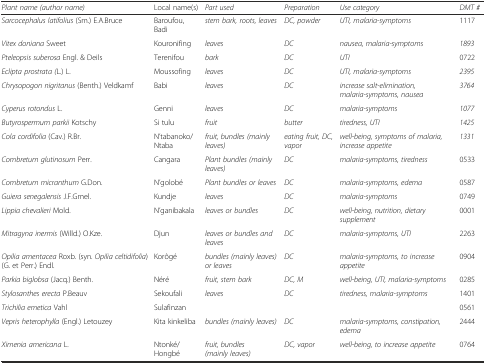
<table><thead><tr><td><b><i>Plant name (author name)</i></b></td><td><b>Local name(s)</b></td><td><b><i>Part used</i></b></td><td><b><i>Preparation</i></b></td><td><b><i>Use category</i></b></td><td><b><i>DMT #</i></b></td></tr></thead><tbody><tr><td><i>Sarcocephalus latifolius</i> (Sm.) E.A.Bruce</td><td>Baroufou, Badi</td><td><i>stem bark, roots, leaves</i></td><td><i>DC, powder</i></td><td><i>UTI, malaria-symptoms</i></td><td>1117</td></tr><tr><td><i>Vitex doniana</i> Sweet</td><td>Kouronifing</td><td><i>leaves</i></td><td><i>DC</i></td><td><i>nausea, malaria-symptoms</i></td><td><i>1893</i></td></tr><tr><td><i>Pteleopsis suberosa</i> Engl. &amp; Deils</td><td>Terenifou</td><td><i>bark</i></td><td><i>DC</i></td><td><i>UTI</i></td><td>0722</td></tr><tr><td><i>Eclipta prostrata (</i>L.) L.</td><td>Moussofing</td><td><i>leaves</i></td><td><i>DC</i></td><td><i>UTI, malaria-symptoms</i></td><td><i>2395</i></td></tr><tr><td><i>Chrysopogon nigritanus</i> (Benth.) Veldkamf</td><td>Babi</td><td><i>leaves</i></td><td><i>DC</i></td><td><i>increase salt-elimination, malaria-symptoms, nausea</i></td><td><i>3764</i></td></tr><tr><td><i>Cyperus rotondus</i> L.</td><td>Genni</td><td><i>leaves</i></td><td><i>DC</i></td><td><i>malaria-symptoms</i></td><td><i>1077</i></td></tr><tr><td><i>Butyrospermum parkii</i> Kotschy</td><td>Si tulu</td><td><i>fruit</i></td><td><i>butter</i></td><td><i>tiredness, UTI</i></td><td><i>1425</i></td></tr><tr><td><i>Cola cordifolia</i> (Cav.) R.Br.</td><td>N’tabanoko/Ntaba</td><td><i>fruit, bundles (mainly leaves)</i></td><td><i>eating fruit, DC, vapor</i></td><td><i>well-being, symptoms of malaria, increase appetite</i></td><td><i>1331</i></td></tr><tr><td><i>Combretum glutinosum</i> Perr.</td><td>Cangara</td><td><i>Plant bundles (mainly leaves)</i></td><td><i>DC</i></td><td><i>malaria-symptoms, tiredness</i></td><td>0533</td></tr><tr><td><i>Combretum micranthum</i> G.Don.</td><td>N’golobé</td><td><i>Plant bundles or leaves</i></td><td><i>DC</i></td><td><i>malaria-symptoms, edema</i></td><td>0587</td></tr><tr><td><i>Guiera senegalensis</i> J.F.Gmel.</td><td>Kundje</td><td><i>leaves</i></td><td><i>DC</i></td><td><i>malaria-symptoms</i></td><td>0749</td></tr><tr><td><i>Lippia chevalieri</i> Mold.</td><td>N’ganibakala</td><td><i>leaves or bundles</i></td><td><i>DC</i></td><td><i>well-being, nutrition, dietary supplement</i></td><td>0001</td></tr><tr><td><i>Mitragyna inermis</i> (Willd.) O.Kze.</td><td>Djun</td><td><i>leaves or bundles and leaves</i></td><td><i>DC</i></td><td><i>malaria-symptoms, UTI</i></td><td>2263</td></tr><tr><td><i>Opilia amentacea</i> Roxb. (syn. <i>Opilia celtidifolia</i>) (G. et Perr.) Endl.</td><td>Korôgé</td><td><i>bundles (mainly leaves) or leaves</i></td><td><i>DC</i></td><td><i>malaria-symptoms, to increase appetite</i></td><td>0904</td></tr><tr><td><i>Parkia biglobsa</i> (Jacq.) Benth.</td><td>Néré</td><td><i>fruit, stem bark</i></td><td><i>DC, M</i></td><td><i>well-being, UTI, malaria-symptoms</i></td><td>0285</td></tr><tr><td><i>Stylosanthes erecta</i> P.Beauv</td><td>Sekoufali</td><td><i>leaves</i></td><td><i>DC</i></td><td><i>tiredness, malaria-symptoms</i></td><td>1401</td></tr><tr><td><i>Trichilia emetica</i> Vahl</td><td>Sulafinzan</td><td>[EMPTY_CELL]</td><td>[EMPTY_CELL]</td><td>[EMPTY_CELL]</td><td>0561</td></tr><tr><td><i>Vepris heterophylla</i> (Engl.) Letouzey</td><td>Kita kinkeliba</td><td><i>bundles (mainly leaves)</i></td><td><i>DC</i></td><td><i>malaria-symptoms, constipation, edema</i></td><td>2444</td></tr><tr><td><i>Ximenia americana</i> L.</td><td>Ntonké/Hongbé</td><td><i>fruit, bundles (mainly leaves)</i></td><td><i>DC, vapor</i></td><td><i>well-being, to increase appetite</i></td><td>0764</td></tr></tbody></table>